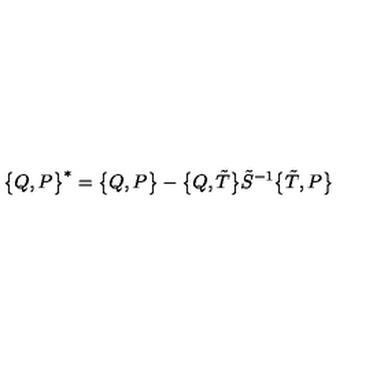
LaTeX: \bigl \{ Q , P \bigr \} ^ { \ast } = \bigl \{ Q , P \bigr \} - \bigl \{ Q , \tilde { T } \bigr \} \tilde { S } ^ { - 1 } \bigl \{ \tilde { T } , P \bigr \}